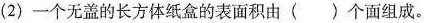
(2)一个无盖的长方体纸盒的表面积由()个面组成。